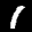
Label: 1